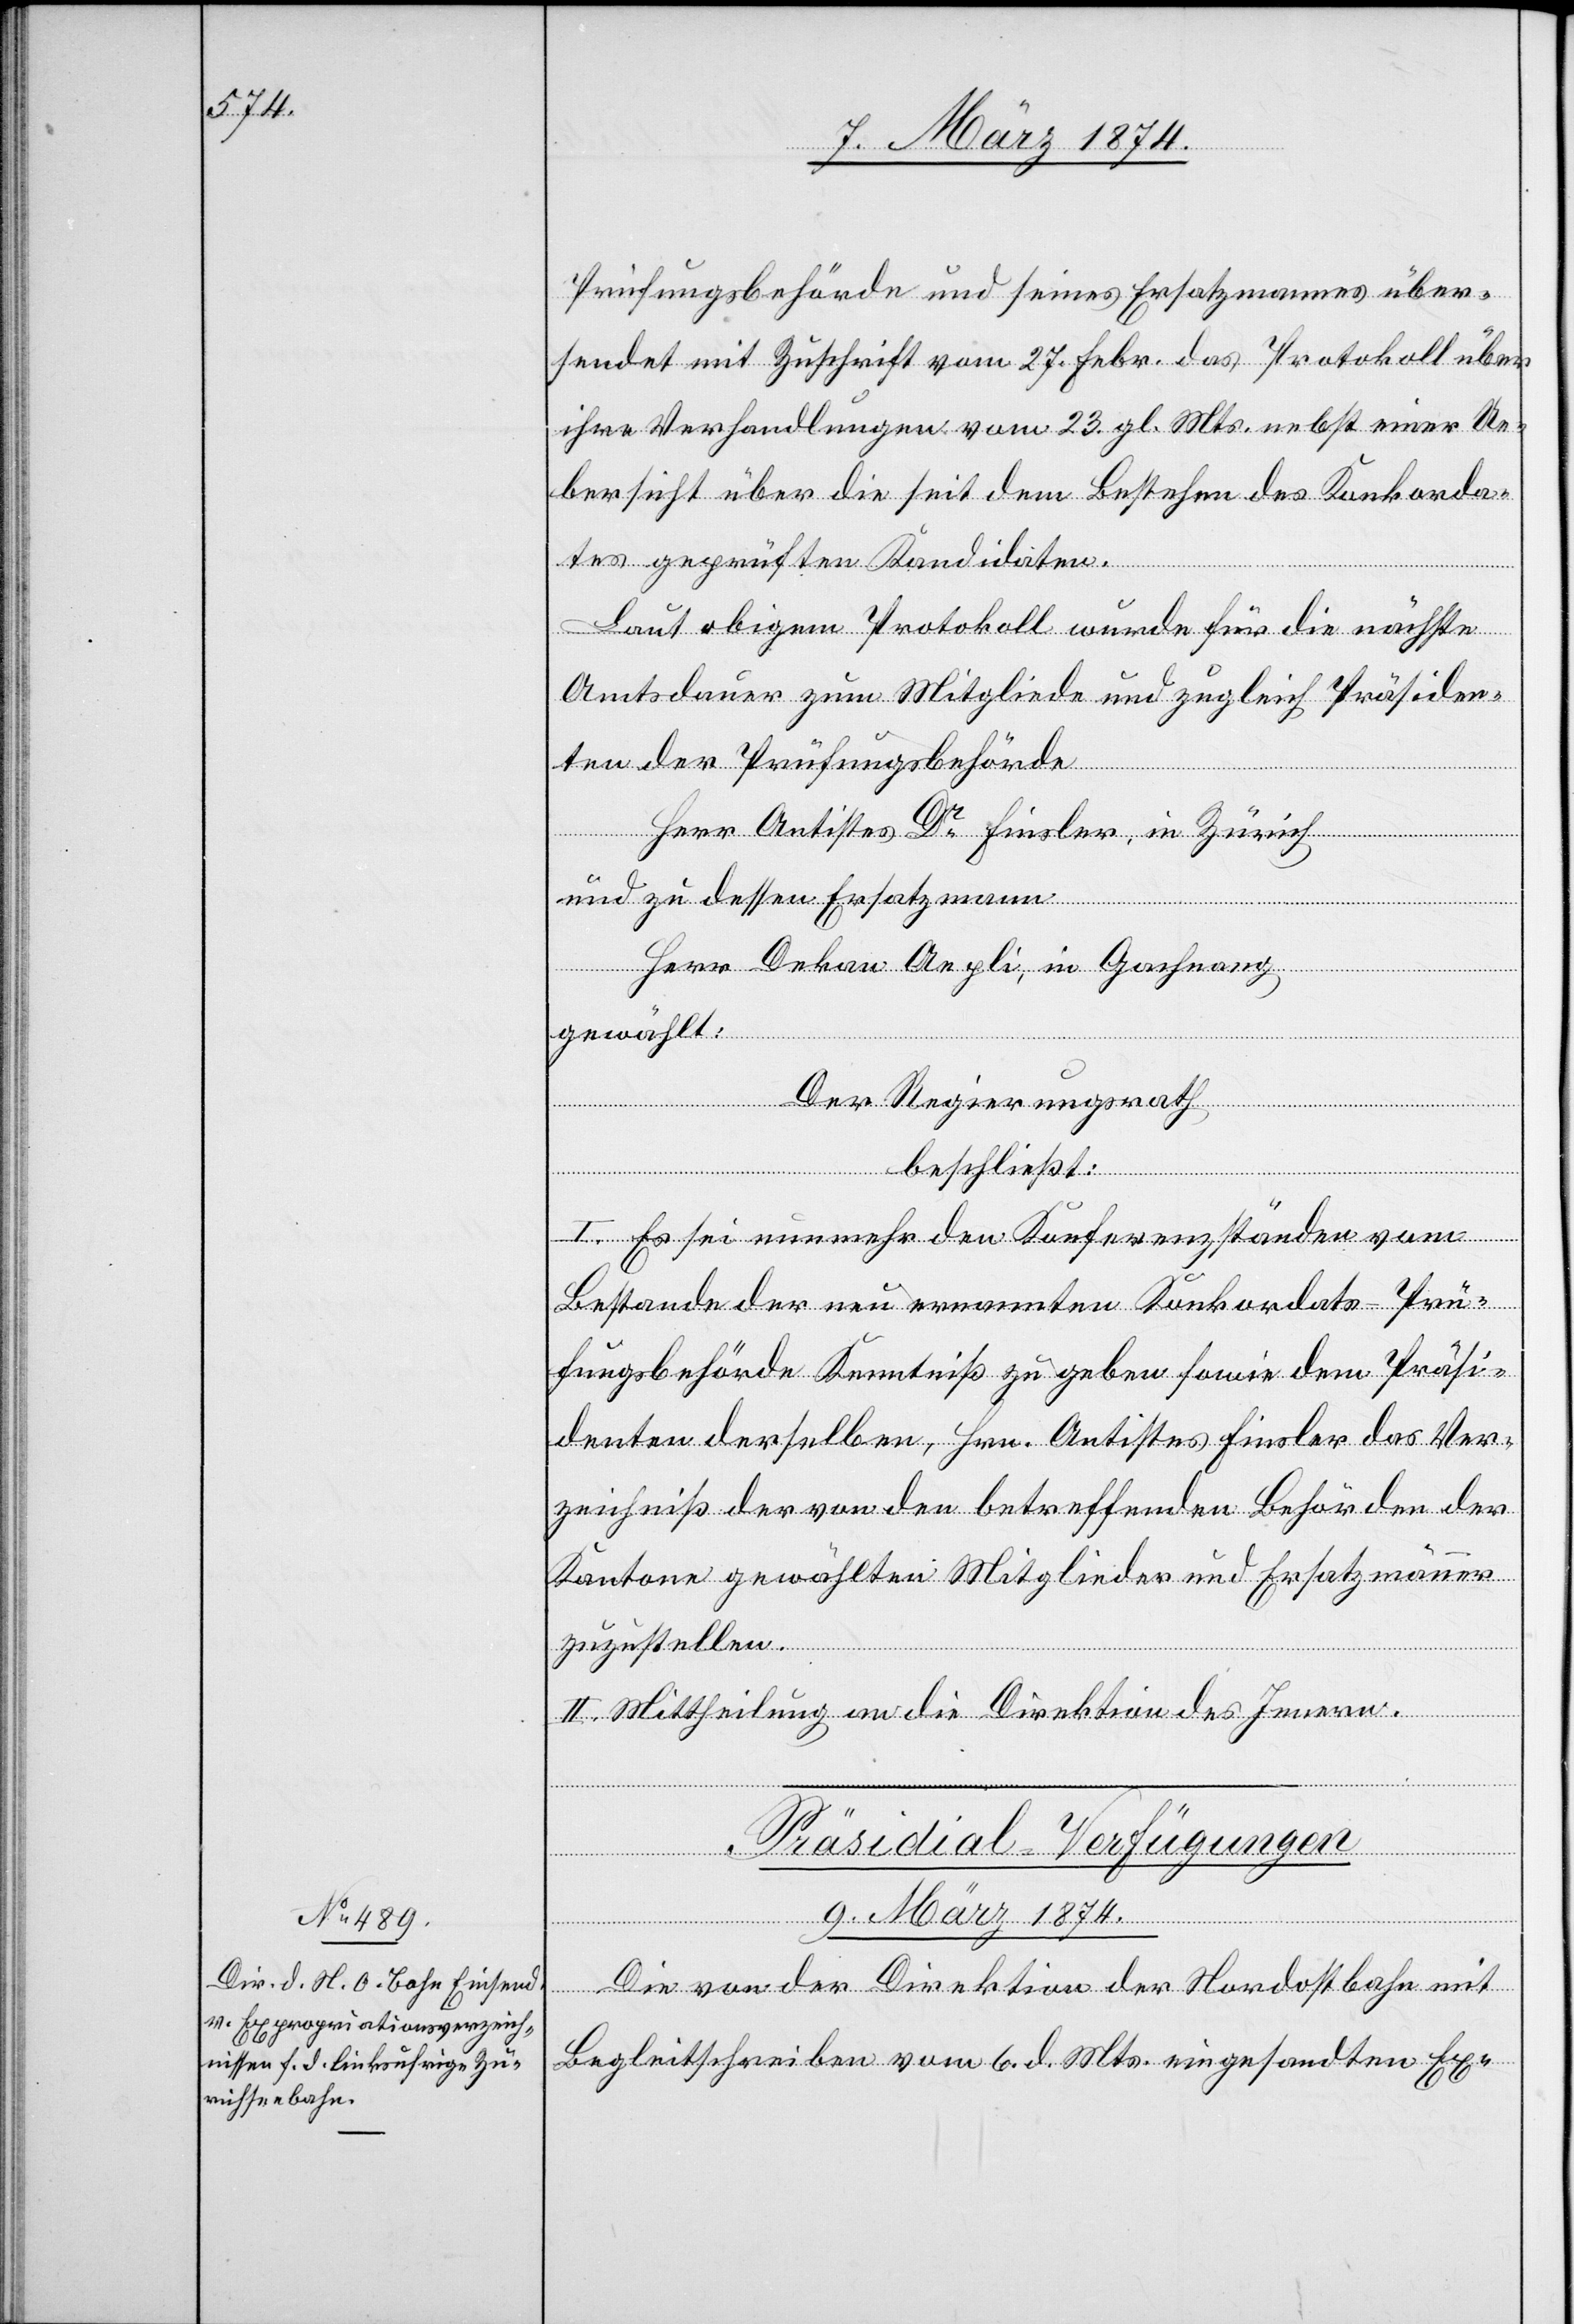
9. März 1874.
Prüfungsbehörde und seines Ersatzmannes über¬
sendet mit Zuschrift vom 27. Febr. das Protokoll über
ihre Verhandlungen vom 23. gl. Mts. nebst einer Ue¬
bersicht über die seit dem Bestehen des Konkorda¬
tes geprüften Kandidaten.
Laut obigem Protokoll wurde für die nächste
Amtsdauer zum Mitgliede und zugleich Präsiden¬
ten der Prüfungsbehörde
Herr Antistes Dr Finsler, in Zürich
und zu dessen Ersatzmann
Herr Dekan Aegli, in Gachnang
gewählt:
Der Regierungsrath
beschließt:
I. Es sei nunmehr den Konferenzständen vom
Bestande der neu ernannten Konkordats-Prü¬
fungsbehörde Kenntniß zu geben sowie dem Präsi¬
denten derselben, Hrn. Antistes Finsler das Ver¬
zeichniß der von den betreffenden Behörden der
Kantone gewählten Mitglieder und Ersatzmänner
zuzustellen.
II. Mittheilung an die Direktion des Innern.
Präsidial-Verfügungen
Die von der Direktion der Nordostbahn mit
Begleitschreiben vom 6. d. Mts. eingesandten Ex-